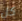
كل